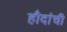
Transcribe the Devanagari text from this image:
हौदांची